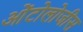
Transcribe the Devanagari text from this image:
ओंटोलोजीस